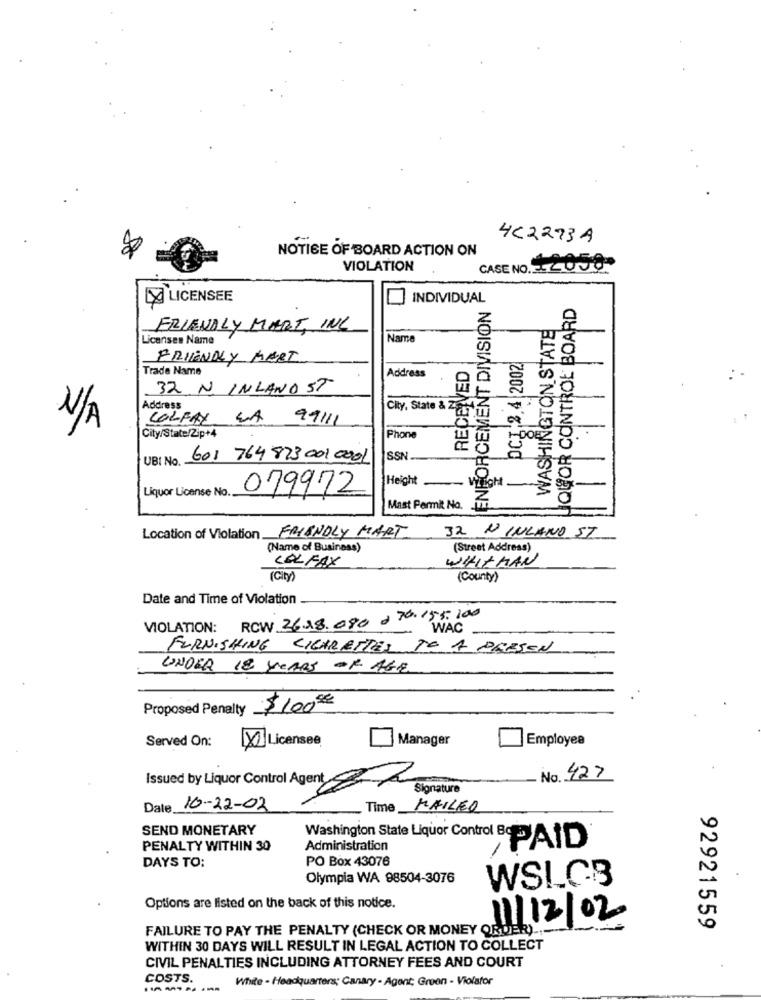
4C2273A
NOTICE OF BOARD ACTION ON
VIOLATION
CASE NO. 50
LA LICENSEE
INDIVIDUAL
ENFORCEMENT DIVISION
JQGOR CONTROL BOARD
WASHINGTON STATE
FRIENDLY MART, INC
Licenses Name
Name
FRIENDLY MART
RECENVED
DCI 2.4 |2002
Trade Name
Address
32 N. INLAND ST
Address
City, State & Z
COLFAX LA 99111
City/State/Zip+4
Phone
UBI No
601 764 823 001 0001
SSN
Height
Liquor License No.
079972
Mast Permit No.
Location of Violation FRIENDLY MART
32 N' INLAND ST
(Name of Business)
(Street Address)
COLFAX
WHITMAN
( City)
(County)
Date and Time of Violation
VIOLATION: RCW 2618.080 0 76.155.100
WAC
FURNISHING CIGARETTES TO A PRESEN
UNDER 18 YEARS OF AGE
Proposed Penalty
$10000
Served On:
Manager
Employee
X Licensee
Issued by Liquor Control Agent
No. 427
Signature
Date 10-22-02
Time
MAILED
SEND MONETARY
PENALTY WITHIN 30
Washington State Liquor Control BAD
Administration
DAYS TO:
PO Box 43076
Olympia WA 98504-3076
Options are listed on the back of this notice.
11/12/02
FAILURE TO PAY THE PENALTY (CHECK OR MONEY ORDER) ...
92921559
WITHIN 30 DAYS WILL RESULT IN LEGAL ACTION TO COLLECT
CIVIL PENALTIES INCLUDING ATTORNEY FEES AND COURT
COSTS.
White - Headquarters; Canary - Agent; Green - Violafor